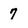
Character: 7